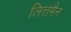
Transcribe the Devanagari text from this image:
लित्तमैन